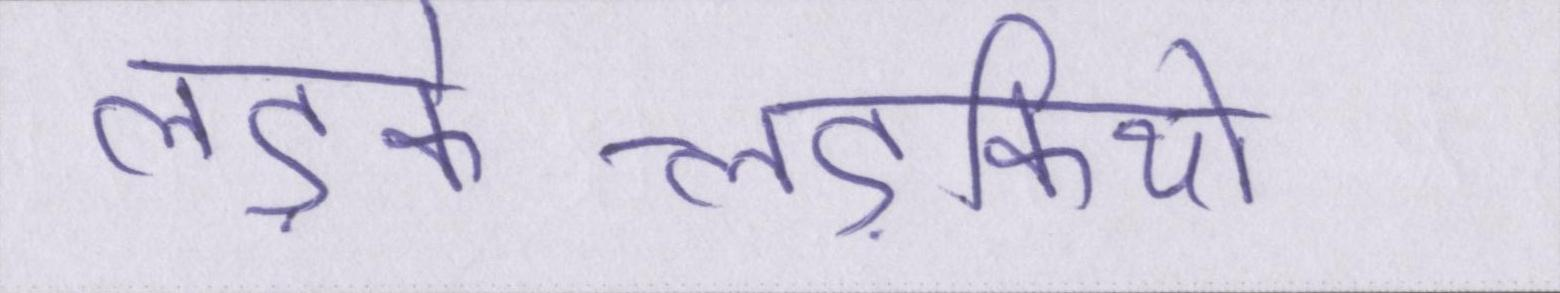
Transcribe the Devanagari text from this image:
लड़के-लड़कियों